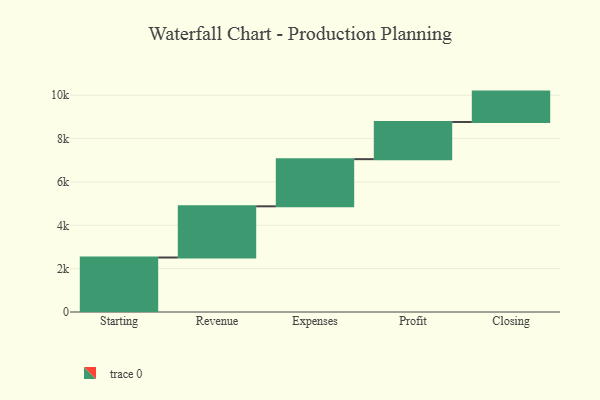
{"axis": {"x": "Step", "y": "Value"}, "legend": [""], "data": [{"x": "Starting", "y": 2514.0, "type": ""}, {"x": "Revenue", "y": 2362.0, "type": ""}, {"x": "Expenses", "y": 2175.0, "type": ""}, {"x": "Profit", "y": 1716.0, "type": ""}, {"x": "Closing", "y": 1401.0, "type": ""}]}